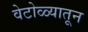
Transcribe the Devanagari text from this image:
वेटोळ्यातून